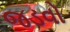
જડવો